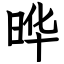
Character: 晔